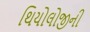
થિયોલોજીની